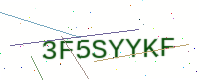
Text: 3F5SYYKF